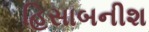
હિસાબનીશ